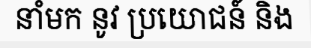
នាំមក នូវ ប្រយោជន៍ និង